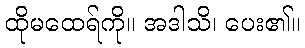
ထိုမထေရ်ကို။ အဒါသိ၊ ပေး၏။